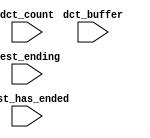
module Video_System_CPU_oci_test_bench (
                                         // inputs:
                                          dct_buffer,
                                          dct_count,
                                          test_ending,
                                          test_has_ended
                                       )
;

  input   [ 29: 0] dct_buffer;
  input   [  3: 0] dct_count;
  input            test_ending;
  input            test_has_ended;


endmodule